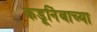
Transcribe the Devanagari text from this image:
कडूनिंबाच्या